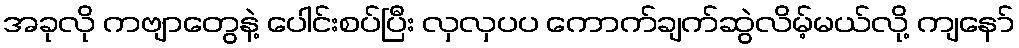
အခုလို ကဗျာတွေနဲ့ ပေါင်းစပ်ပြီး လှလှပပ ကောက်ချက်ဆွဲလိမ့်မယ်လို့ ကျနော်